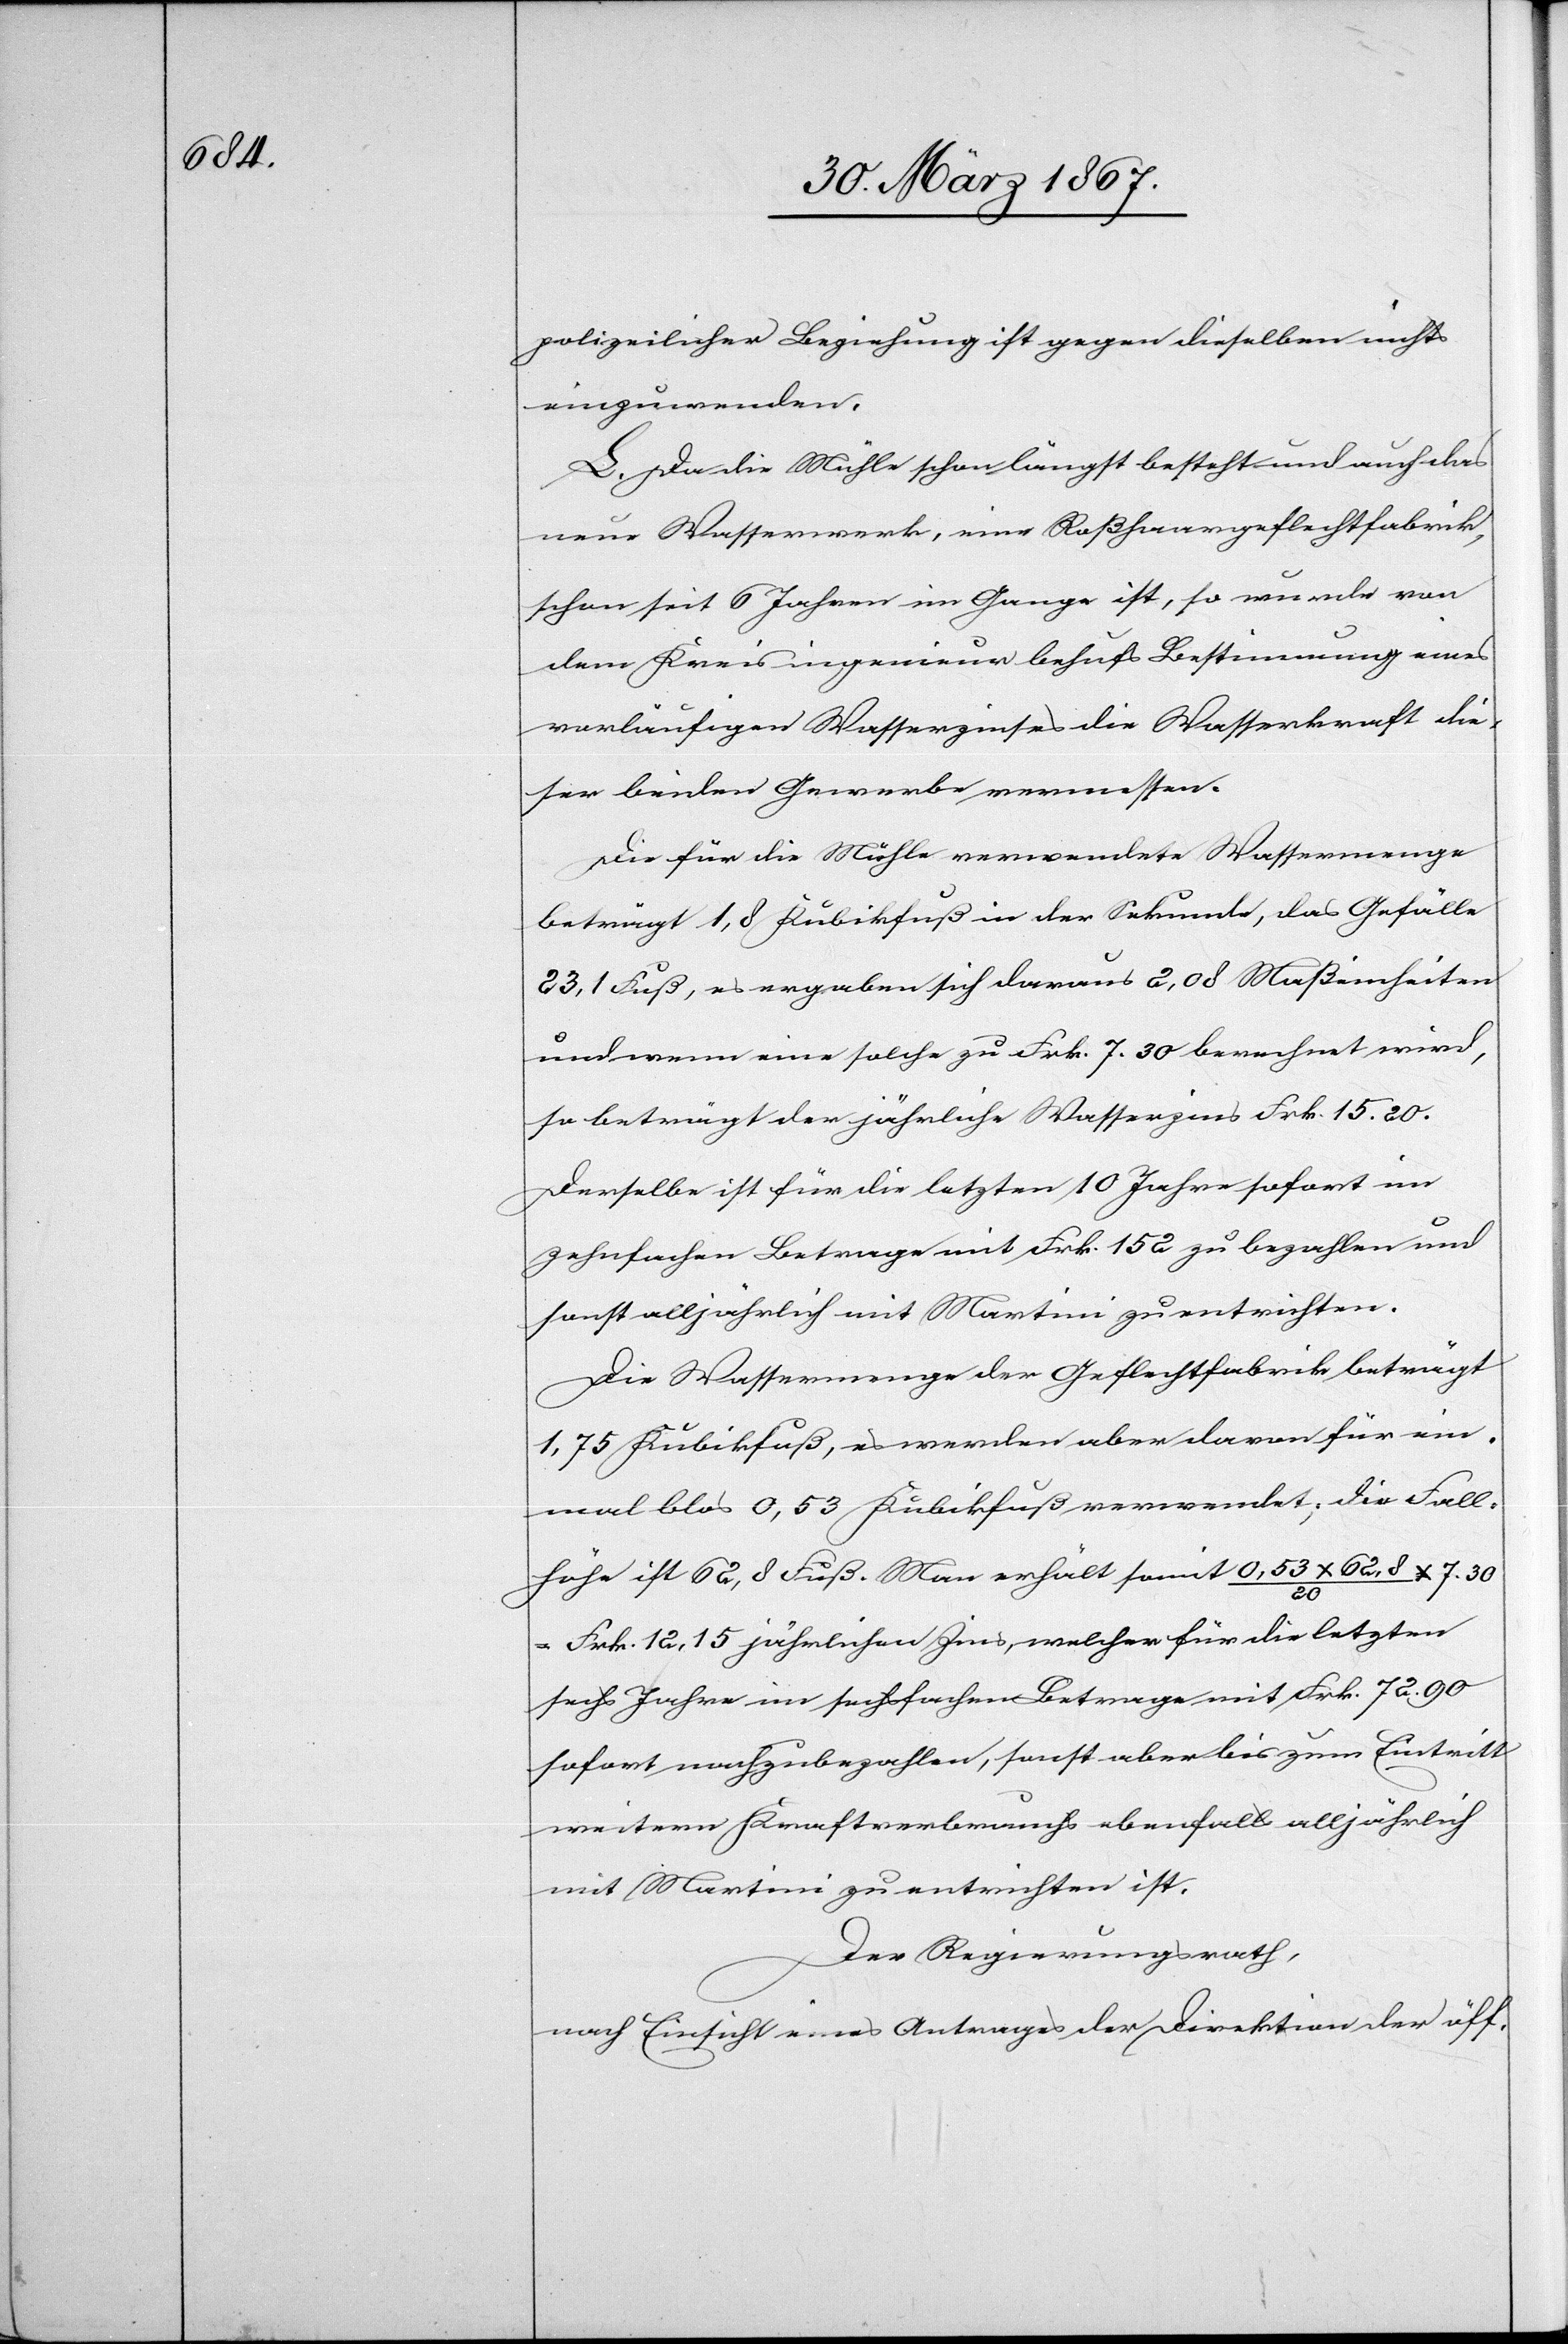
polizeilicher Beziehung ist gegen dieselben nichts
einzuwenden.
L. Da die Mühle schon längst besteht und auch das
neue Wasserwerk, eine Roßhaargeflechtfabrik,
schon seit 6 Jahren im Gange ist, so wurde von
dem Kreisingenieur behufs Bestimmung eines
vorläufigen Wasserzinsens die Wasserkraft die¬
ser beiden Gewerbe vermessen.
Die für die Mühle verwendete Wassermenge
beträgt 1,8 Kubikfuß in der Sekunde, das Gefälle
23,1 Fuß, es ergaben sich daraus 2,08 Maßeinheiten
und wenn eine solche zu Frk. 7.30 berechnet wird,
so beträgt der jährliche Wasserzins Frk. 15.20.
Derselbe ist für die letzten 10 Jahre sofort im
zehnfachen Betrage mit Frk. 152 zu bezahlen und
sonst alljährlich mit Martini zu entrichten.
Die Wassermenge der Geflechtfabrik beträgt
1.75 Kubikfuß, es werden aber davon für ein¬
mal blos 0,53 Kubikfuß verwendet; die Fall¬
höhe ist 62,8 Fuß. Man erhält somit 0,53 x 62,8 / 20
7.30
Frk. 12,15 jährlichen Zins, welcher für die letzten
sechs Jahre im sechsfachen Betrage mit Frk. 72.90
sofort nachzubezahlen, sonst aber bis zum Eintritt
weitern Kraftverbrauchs ebenfalls alljährlich
mit Martini zu entrichten ist.
Der Regierungsrath,
nach Einsicht eines Antrages der Direktion der öff.